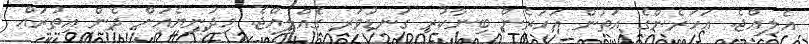
އެލިއްޖެ. އަހަރެންގެ އަތުން އަހަރެން ބިނާކުރި ގަނޑުވަރ ގެއްލިއްޖެ. މިދުނިޔެއަށް ދެން އިތުރައް